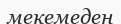
мекемеден